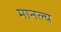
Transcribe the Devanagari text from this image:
मानल्य